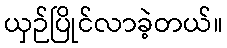
ယှဉ်ပြိုင်လာခဲ့တယ်။